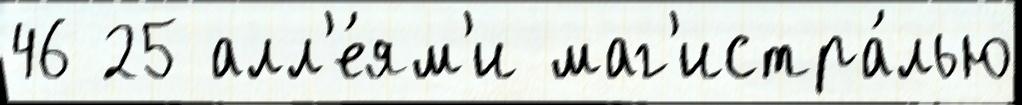
46 25 алл'е́ям'и маг'истра́лью